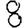
Digit: 8